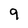
Character: 9